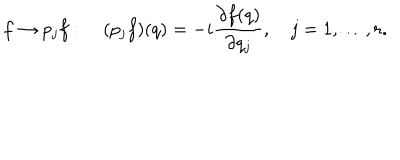
f \to p _ { j } f : \quad ( p _ { j } f ) ( q ) = - i { \frac { \partial f ( q ) } { \partial q _ { j } } } , \quad j = 1 , \ldots , r .